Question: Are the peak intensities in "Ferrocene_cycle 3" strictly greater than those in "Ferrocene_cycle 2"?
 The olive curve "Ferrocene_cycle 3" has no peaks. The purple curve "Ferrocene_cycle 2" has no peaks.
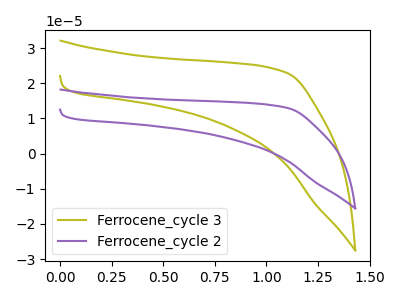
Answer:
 <answer>Niether CV has any peaks.</answer>
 <eval>blanks</eval>